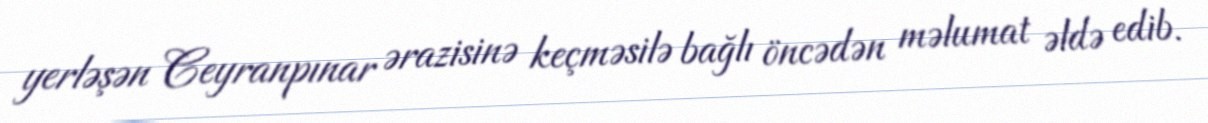
yerləşən Ceyranpınar ərazisinə keçməsilə bağlı öncədən məlumat əldə edib.